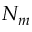
N _ { m }